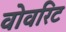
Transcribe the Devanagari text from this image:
वोवरिट